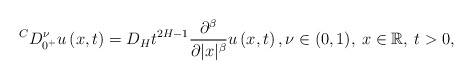
\begin{align*} {}^C D^\nu_{0^+} u \left( x,t \right) = D_H t^{2H-1} \frac{\partial^\beta}{\partial |x|^{\beta}} u \left( x,t \right), \nu \in (0,1), \: x \in \mathbb{R}, \: t >0, \end{align*}